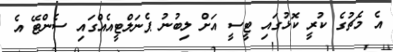
އެ މެޗުގެ ކުރީ ކޮޅުގައި ޓީސީ އަށް ލިބުނު ޕެނަލްޓީއެއްގައި ސެންޓޭ އެ